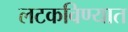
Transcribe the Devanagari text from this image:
लटकविण्यात